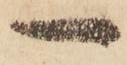
一